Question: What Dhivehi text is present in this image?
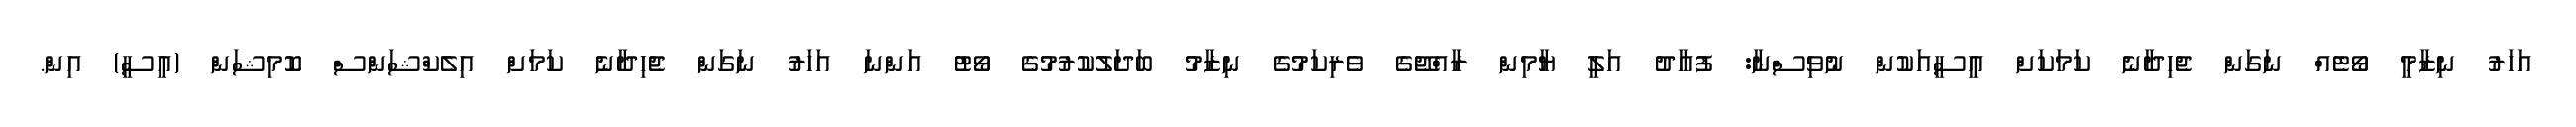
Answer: އަހަރު ނިޒާމީ ވޯޓެއް ނަގަން ޖެހިދާނެ ކަމަކަށް އީސީއަކުން ނުވިސްނާ: ފުއާދު އަލީ ޔާމިން ރާއްޖޭގެ ވެރިކަމުގެ ނިޒާމު ބަދަލުކުރުމުގެ ވޯޓު އަންނަ އަހަރު ނަގަން ޖެހިދާނެ ކަމަށް އިލެކްޝަންސް ކޮމިޝަން (އީސީ) އިން.